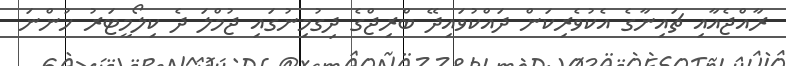
ރާއްޖެއާއި ޗައިނާގެ އެކުވެރިކަން ދައްކުވައިދޭ ބްރިޖްގެ ދިގުމިނުގައި ޖުމްލަ ދެ ކިލޯމީޓަރު ހުންނަ